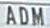
ADM